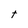
Character: t